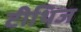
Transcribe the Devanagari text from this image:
टीथिज